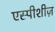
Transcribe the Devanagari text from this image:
एस्पीशीज़